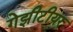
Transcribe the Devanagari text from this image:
गेझीटीयर